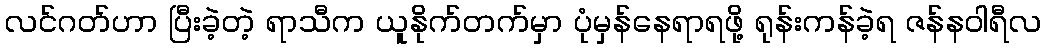
လင်ဂတ်ဟာ ပြီးခဲ့တဲ့ ရာသီက ယူနိုက်တက်မှာ ပုံမှန်နေရာရဖို့ ရုန်းကန်ခဲ့ရ ဇန်နဝါရီလ